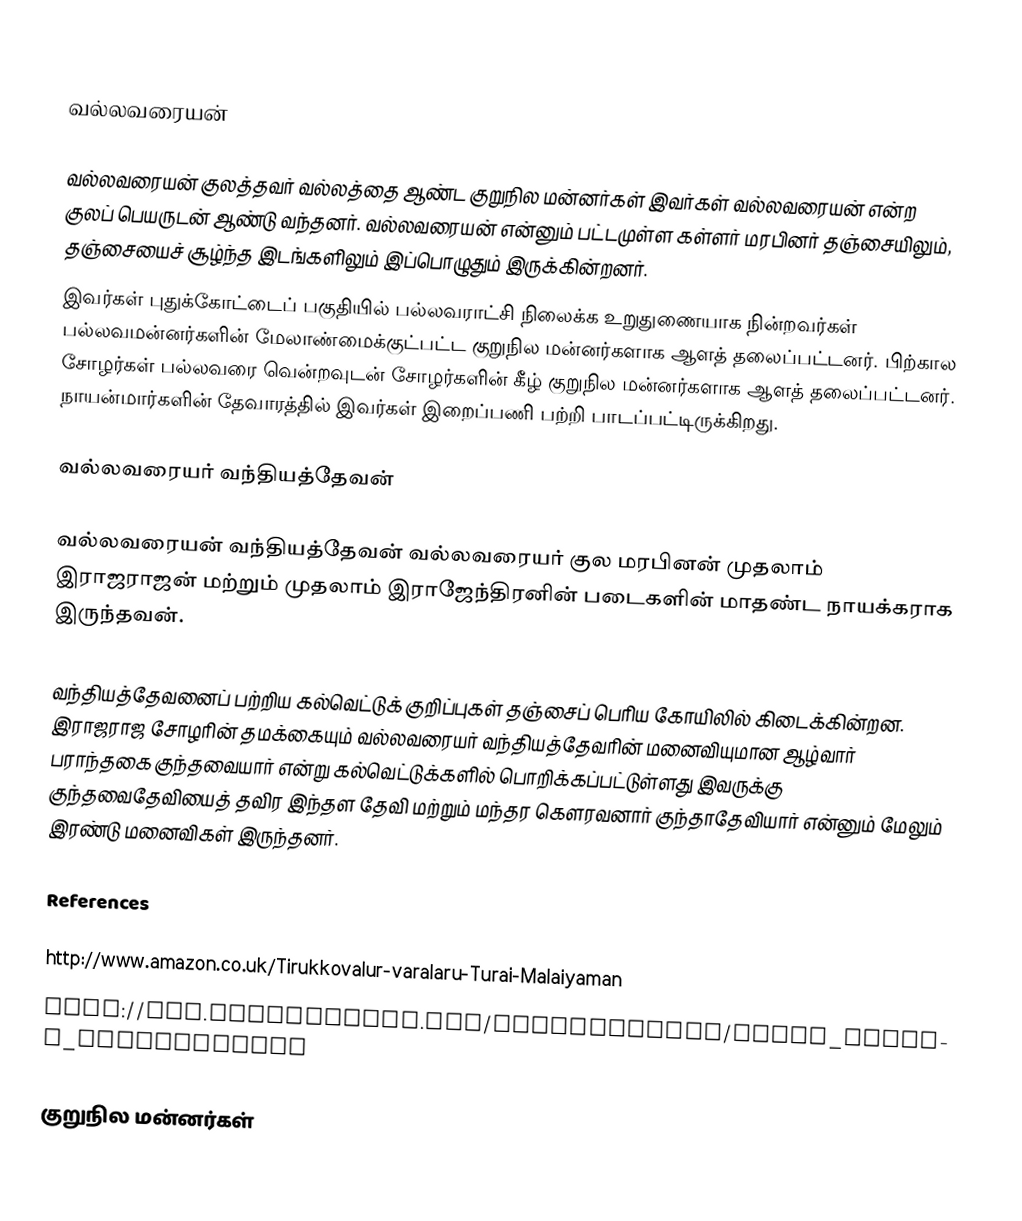

வல்லவரையன்

வல்லவரையன் குலத்தவர் வல்லத்தை ஆண்ட குறுநில மன்னர்கள் இவர்கள் வல்லவரையன் என்ற குலப் பெயருடன் ஆண்டு வந்தனர். வல்லவரையன் என்னும் பட்டமுள்ள கள்ளர் மரபினர் தஞ்சையிலும், தஞ்சையைச் சூழ்ந்த இடங்களிலும் இப்பொழுதும் இருக்கின்றனர்.
இவர்கள் புதுக்கோட்டைப் பகுதியில் பல்லவராட்சி நிலைக்க உறுதுணையாக நின்றவர்கள் பல்லவமன்னர்களின் மேலாண்மைக்குட்பட்ட குறுநில மன்னர்களாக ஆளத் தலைப்பட்டனர். பிற்கால சோழர்கள் பல்லவரை வென்றவுடன் சோழர்களின் கீழ் குறுநில மன்னர்களாக ஆளத் தலைப்பட்டனர். நாயன்மார்களின் தேவாரத்தில் இவர்கள் இறைப்பணி பற்றி பாடப்பட்டிருக்கிறது.

வல்லவரையர் வந்தியத்தேவன்

வல்லவரையன் வந்தியத்தேவன் வல்லவரையர் குல மரபினன் முதலாம் இராஜராஜன் மற்றும் முதலாம் இராஜேந்திரனின் படைகளின் மாதண்ட நாயக்கராக இருந்தவன்.

வந்தியத்தேவனைப் பற்றிய கல்வெட்டுக் குறிப்புகள் தஞ்சைப் பெரிய கோயிலில் கிடைக்கின்றன. இராஜராஜ சோழரின் தமக்கையும் வல்லவரையர் வந்தியத்தேவரின் மனைவியுமான ஆழ்வார் பராந்தகை குந்தவையார் என்று கல்வெட்டுக்களில் பொறிக்கப்பட்டுள்ளது  இவருக்கு குந்தவைதேவியைத் தவிர இந்தள தேவி மற்றும் மந்தர கௌரவனார் குந்தாதேவியார் என்னும் மேலும் இரண்டு மனைவிகள் இருந்தனர்.

References

 http://www.amazon.co.uk/Tirukkovalur-varalaru-Turai-Malaiyaman
 http://www.whatisindia.com/inscriptions/south_indian_inscriptions

குறுநில மன்னர்கள்